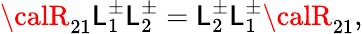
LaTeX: {\calR}_{21}\mathsf{L}_{1}^{\pm}\mathsf{L}_{2}^{\pm}=\mathsf{L}_{2}^{\pm}\mathsf{L}_{1}^{\pm}{\calR}_{21},